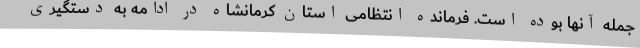
جمله آنها بوده است. فرمانده انتظامی استان کرمانشاه در ادامه به دستگیری